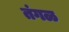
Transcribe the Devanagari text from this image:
तंगळ